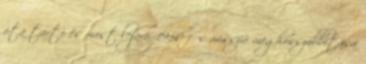
óta tartó és most lejáró, 1950 fős misszió meghosszabbítása